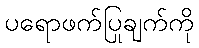
ပရောဖက်ပြုချက်ကို